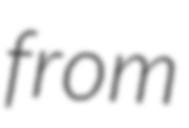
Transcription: from